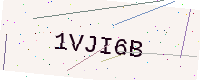
Text: 1VJI6B